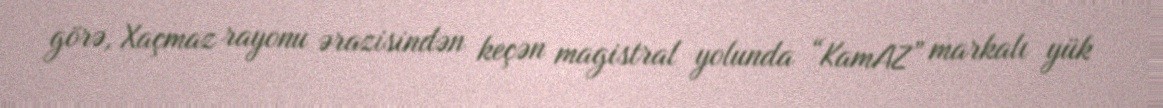
görə, Xaçmaz rayonu ərazisindən keçən magistral yolunda “KamAZ” markalı yük